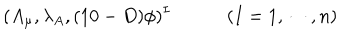
LaTeX: ( A _ { \mu } , \lambda _ { A } , ( 1 0 - D ) \phi ) ^ { I } \qquad \quad ( I = 1 , \cdots , n )